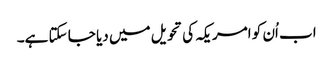
اب اُن کو امریکہ کی تحویل میں دیا جا سکتا ہے۔